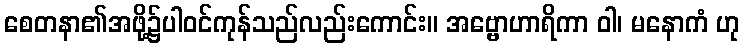
စေတနာ၏အဖို့၌ပါဝင်ကုန်သည်လည်းကောင်း။ အဗ္ဗောဟာရိကာ ဝါ၊ မနောကံ ဟု